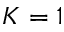
K = 1